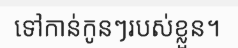
ទៅកាន់កូនៗរបស់ខ្លួន។